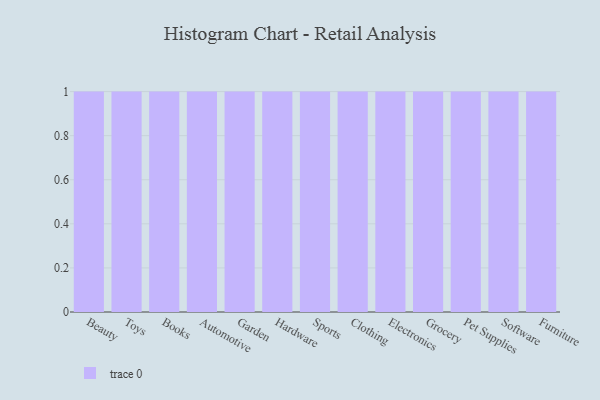
{"axis": {"x": "Category", "y": "Shipments"}, "legend": [""], "data": [{"x": "Beauty", "y": 100, "type": ""}, {"x": "Toys", "y": 50, "type": ""}, {"x": "Books", "y": 34, "type": ""}, {"x": "Automotive", "y": 1, "type": ""}, {"x": "Garden", "y": 89, "type": ""}, {"x": "Hardware", "y": 42, "type": ""}, {"x": "Sports", "y": 10, "type": ""}, {"x": "Clothing", "y": 9, "type": ""}, {"x": "Electronics", "y": 28, "type": ""}, {"x": "Grocery", "y": 33, "type": ""}, {"x": "Pet Supplies", "y": 3, "type": ""}, {"x": "Software", "y": 7, "type": ""}, {"x": "Furniture", "y": 56, "type": ""}]}